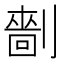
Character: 𠟩